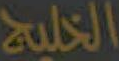
الخليج